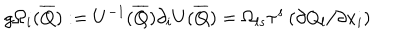
g \Omega _ { i } ( \overline { { Q } } ) : = U ^ { - 1 } ( \overline { { Q } } ) \partial _ { i } U ( \overline { { Q } } ) = \Omega _ { l s } \tau ^ { s } \left( \partial Q _ { l } / \partial x _ { i } \right)